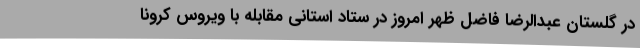
در گلستان عبدالرضا فاضل ظهر امروز در ستاد استانی مقابله با ویروس کرونا